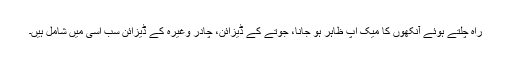
راہ چلتے ہوئے آنکھوں کا میک اپ ظاہر ہو جانا، جوتے کے ڈیزائن، چادر وغیرہ کے ڈیزائن سب اسی میں شامل ہیں۔